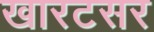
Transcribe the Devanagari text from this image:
खारटसर